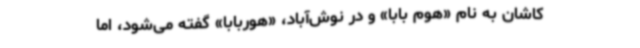
کاشان به نام «هوم بابا» و در نوش‌آباد، «هوربابا» گفته می‌شود، اما